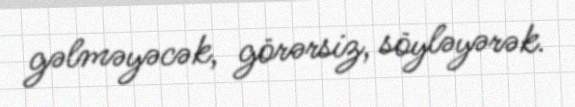
gəlməyəcək, görərsiz, söyləyərək.